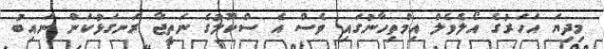
މިދިޔަ އަހަރުގެ އޯލެވެލް އިމްތިހާނުގައި ވެސް އެ ސްކޫލުގެ ނަތީޖާ ރަނގަޅުކަން ނައިބު